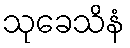
သုခေသိနံ